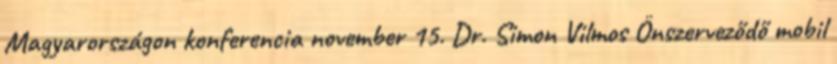
Magyarországon konferencia november 15. Dr. Simon Vilmos Önszerveződő mobil